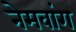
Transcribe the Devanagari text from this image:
नेमवांग